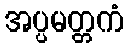
အပ္ပမတ္တကံ